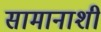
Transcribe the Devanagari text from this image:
सामानाशी